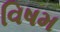
વિષમ